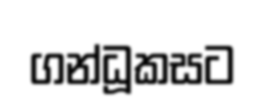
ගන්ධූකසට